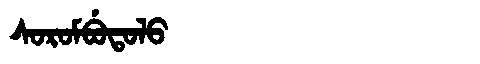
Manchu: ᠰᠣᡵᠣᠮᠪᡠᡨᠣᠯᠣ
Romanization: SOROMBUTOLO